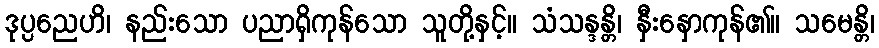
ဒုပ္ပညေဟိ၊ နည်းသော ပညာရှိကုန်သော သူတို့နှင့်။ သံသန္ဒန္တိ၊ နှီးနှောကုန်၏။ သမေန္တိ၊